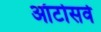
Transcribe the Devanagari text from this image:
ऑटोसर्व